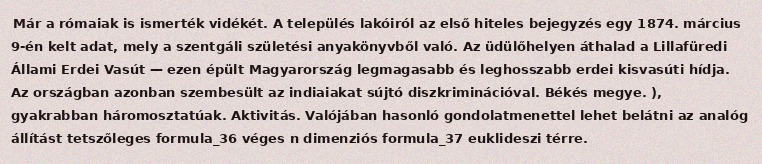
Már a rómaiak is ismerték vidékét. A település lakóiról az első hiteles bejegyzés egy 1874. március 9-én kelt adat, mely a szentgáli születési anyakönyvből való. Az üdülőhelyen áthalad a Lillafüredi Állami Erdei Vasút — ezen épült Magyarország legmagasabb és leghosszabb erdei kisvasúti hídja. Az országban azonban szembesült az indiaiakat sújtó diszkriminációval. Békés megye. ), gyakrabban háromosztatúak. Aktivitás. Valójában hasonló gondolatmenettel lehet belátni az analóg állítást tetszőleges formula_36 véges n dimenziós formula_37 euklideszi térre.